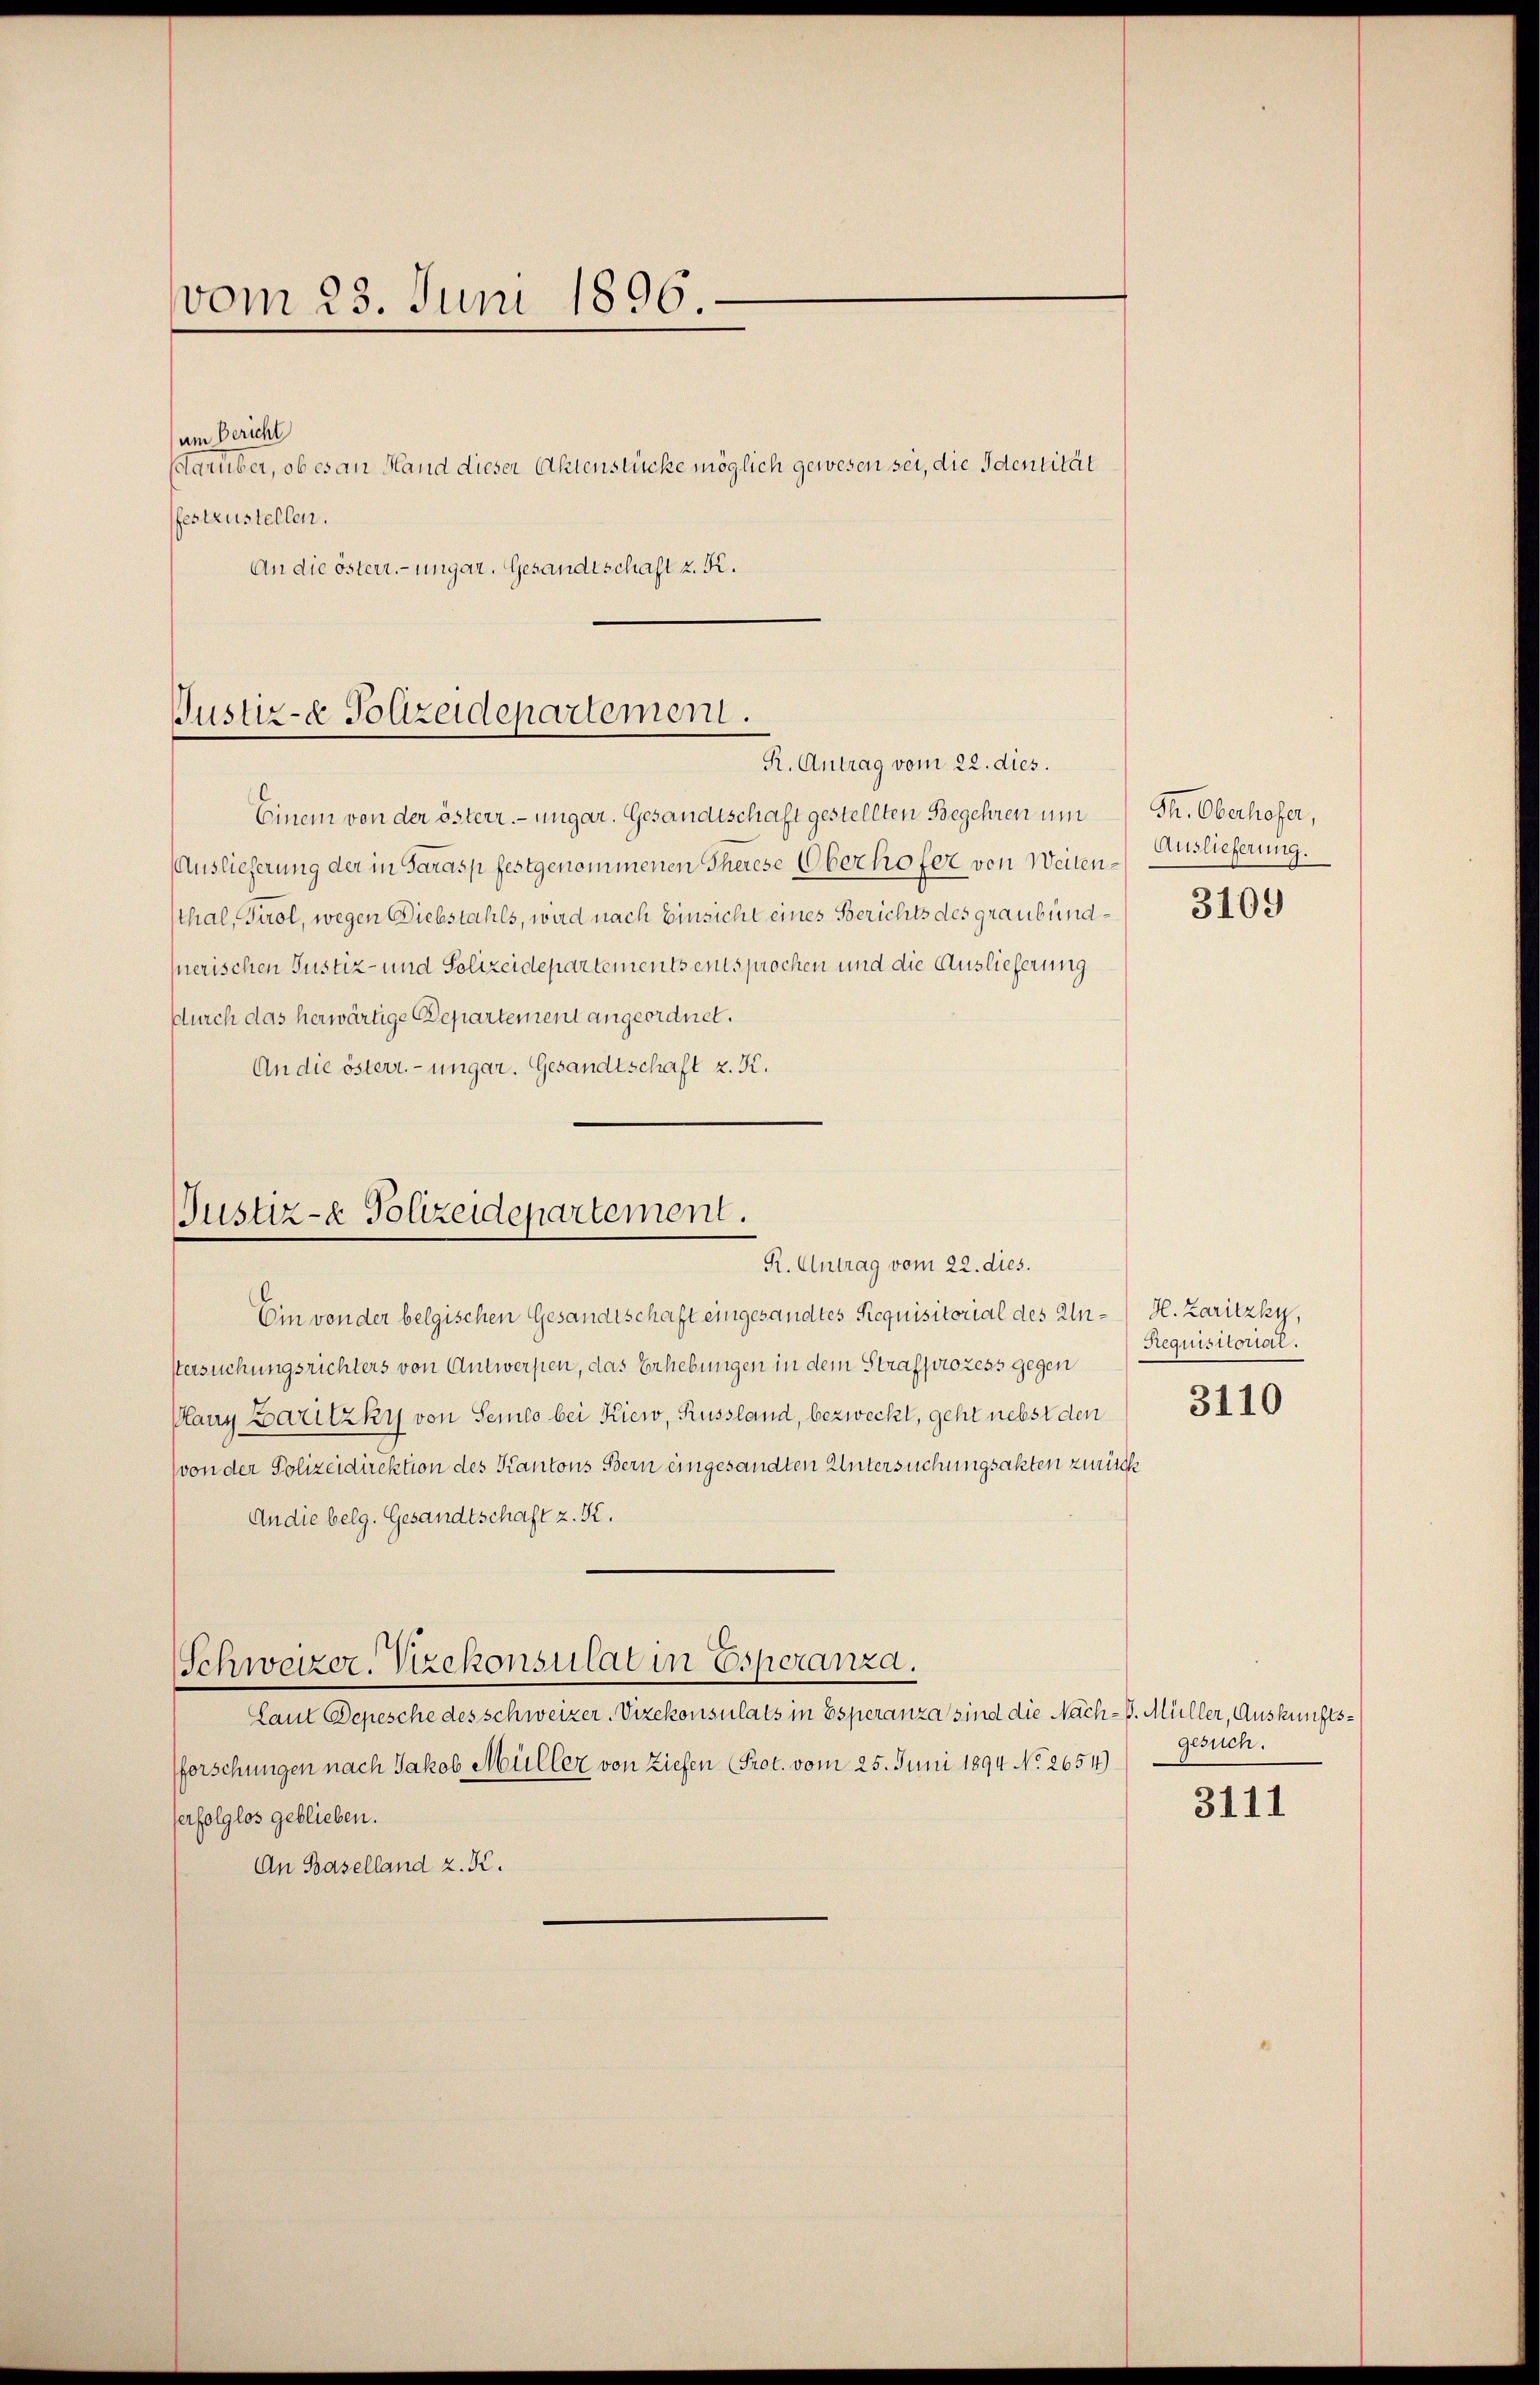
vom 23. Juni 1896.

um Bericht
Camber, ob es an Hand dieser Aktenstücke möglich gewesen sei, die Identität
festzustellen.
An die österr.-ungar. Gesandtschaft z. K.

Justiz- & Polizeidepartement.
R. Antrag vom 22. dies.

Einem von der österr. ungar. Gesandtschaft gestellten Begehren um
Auslieferung der in Sarasp festgenommenen Therese Oberhofer von Weitenthal, Tirol, wegen Diebstahls, wird nach Einsicht eines Berichts des Graubung 3109
nerischen Justiz- und Polizeidepartements entsprochen und die Auslieferung
Durch das herwärtige Departement angeordnet.
An die österr.-ungar. Gesandtschaft z. K.

Justiz- & Polizeidepartement.
R. Antrag vom 22. dies.

Ein von der belgischen Gesandtschaft eingesandtes Requisitorial des In-H. Zaritzky,
stersuchungsrichters von Antwerpen, das Erhebungen in dem Strafprozess gegen
Pany Zaritzky von Semio bei Kiew, Russland, bezweckt, geht nebst den
(von der Polizeidirektion des Kantons Bern eingesandten Untersuchungsakten zurück
An die belg. Gesandtschaft z. K.
Schweizer. Vizekonsulat in Esperanza.
Laut Depesche des schweizer. Vizekonsulats in Esperanza sind die Nach- P. Müller, Auskunftsforschungen nach Jakob Müller von Ziefen (Prot. vom 25. Juni 1894 No 2654)
erfolglos geblieben.
An Baselland z. K.

Th. Oberhofer,
Auslieferung.

Requisitorial.
3110

gesuch.

3111